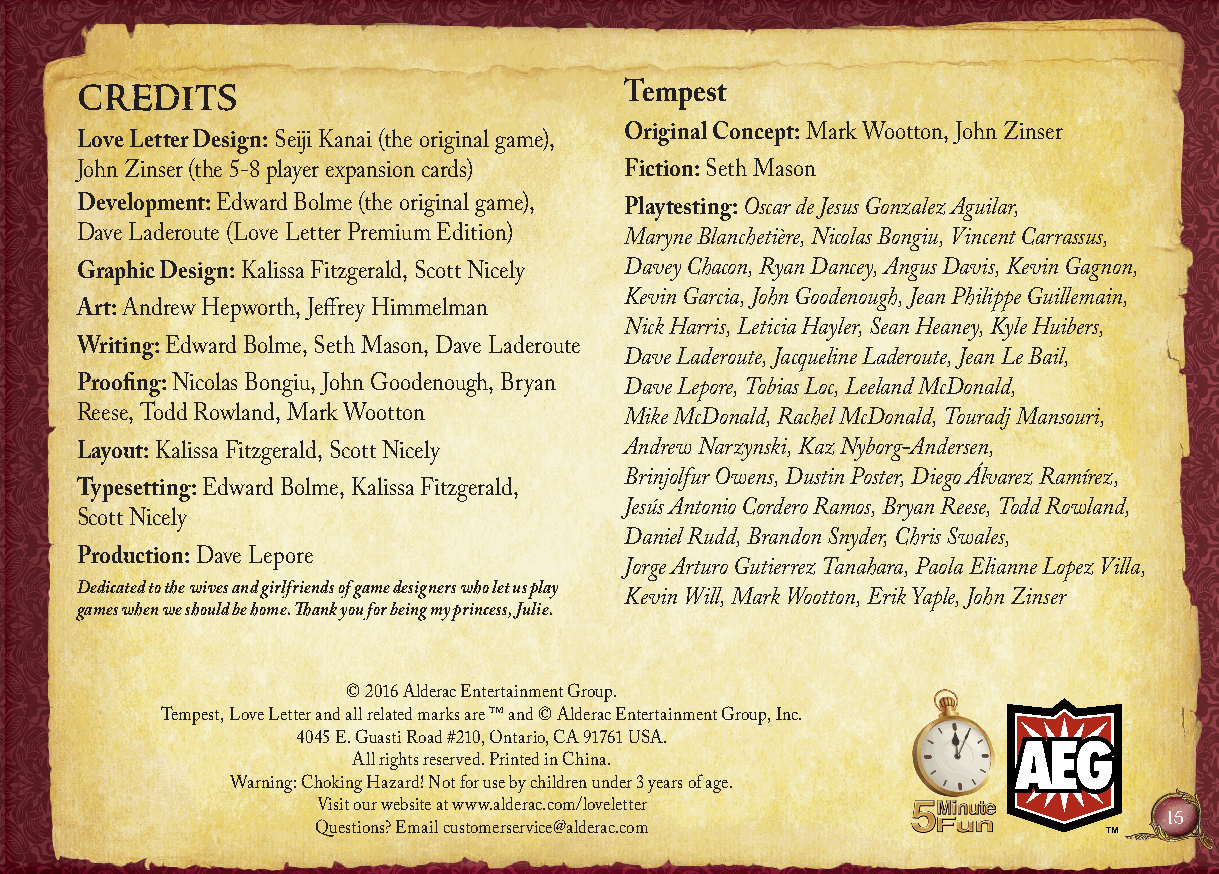
credits                             Tempest
 Original Concept: Mark Wootton, John Zinser
 Love Letter Design: Seiji Kanai (the original game),
 John Zinser (the 5-8 player expansion cards) Fiction: Seth Mason
 Development: Edward Bolme (the original game), Playtesting: Oscar de Jesus Gonzalez Aguilar,
 Dave Laderoute (Love Letter Premium Edition) Maryne Blanchetière, Nicolas Bongiu, Vincent Carrassus,
 Graphic Design: Kalissa Fitzgerald, Scott Nicely Davey Chacon, Ryan Dancey, Angus Davis, Kevin Gagnon,
 Kevin Garcia, John Goodenough, Jean Philippe Guillemain,
 Art: Andrew Hepworth, Jeffrey Himmelman
 Nick Harris, Leticia Hayler, Sean Heaney, Kyle Huibers,
 Writing: Edward Bolme, Seth Mason, Dave Laderoute
 Dave Laderoute, Jacqueline Laderoute, Jean Le Bail,
 Proofing: Nicolas Bongiu, John Goodenough, Bryan Dave Lepore, Tobias Loc, Leeland McDonald,
 Reese, Todd Rowland, Mark Wootton   Mike McDonald, Rachel McDonald, Touradj Mansouri,
 Layout: Kalissa Fitzgerald, Scott Nicely Andrew Narzynski, Kaz Nyborg-Andersen,
 Brinjolfur Owens, Dustin Poster, Diego Álvarez Ramírez,
 Typesetting: Edward Bolme, Kalissa Fitzgerald,
 Jesús Antonio Cordero Ramos, Bryan Reese, Todd Rowland,
 Scott Nicely
 Daniel Rudd, Brandon Snyder, Chris Swales,
 Production: Dave Lepore
 Jorge Arturo Gutierrez Tanahara, Paola Elianne Lopez Villa,
 Dedicated to the wives and girlfriends of game designers who let us play
 Kevin Will, Mark Wootton, Erik Yaple, John Zinser
 games when we should be home. Thank you for being my princess, Julie.
 © 2016 Alderac Entertainment Group.
 Tempest, Love Letter and all related marks are ™ and © Alderac Entertainment Group, Inc.
 4045 E. Guasti Road #210, Ontario, CA 91761 USA.
 All rights reserved. Printed in China.
 Warning: Choking Hazard! Not for use by children under 3 years of age.
 Visit our website at www.alderac.com/loveletter          15
 Questions? Email customerservice@alderac.com